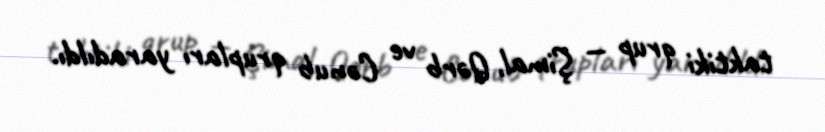
taktiki qrup — Şimal, Qərb ve Cənub qrupları yaradıldı.